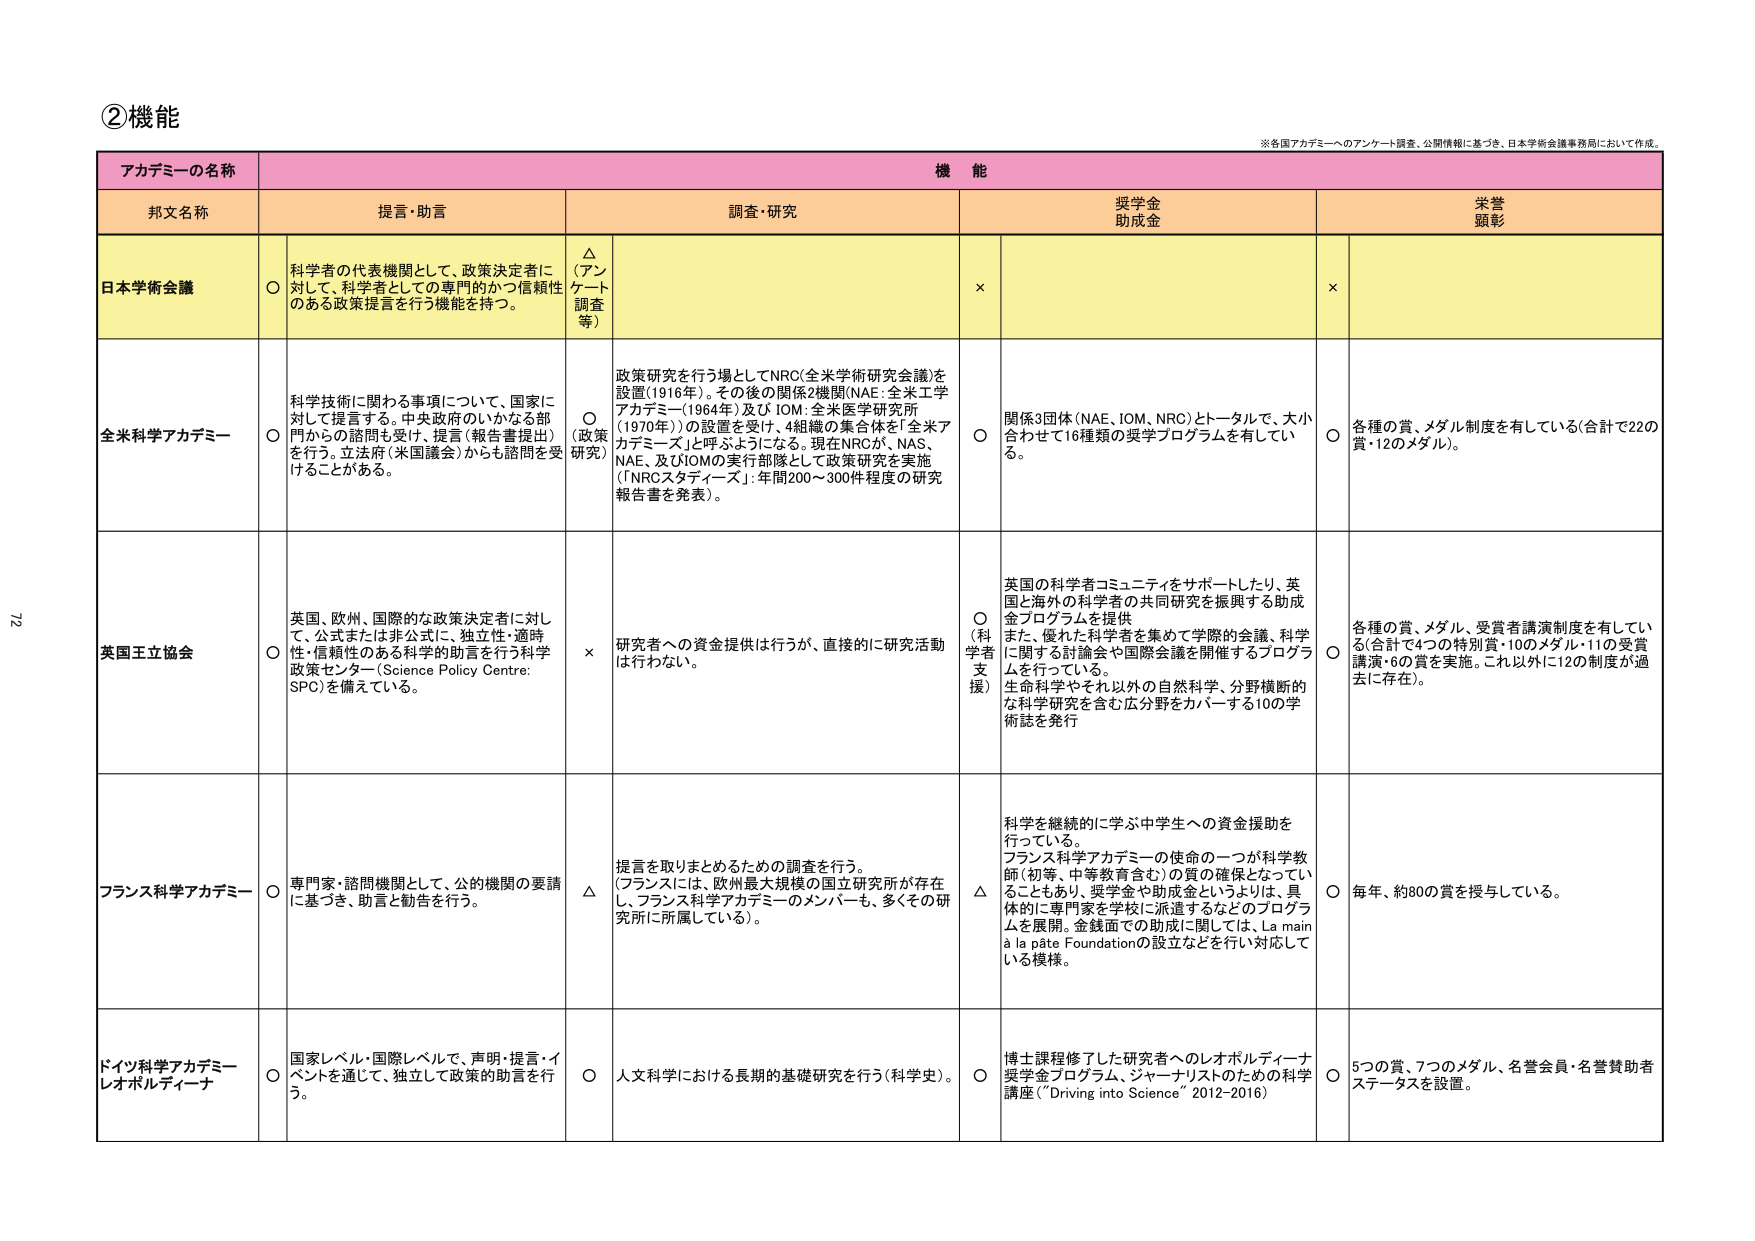
②機能

※各国アカデミーへのアンケート調査、公開情報に基づき、日本学術会議事務局において作成。

アカデミーの名称